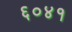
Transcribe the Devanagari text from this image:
६०४१